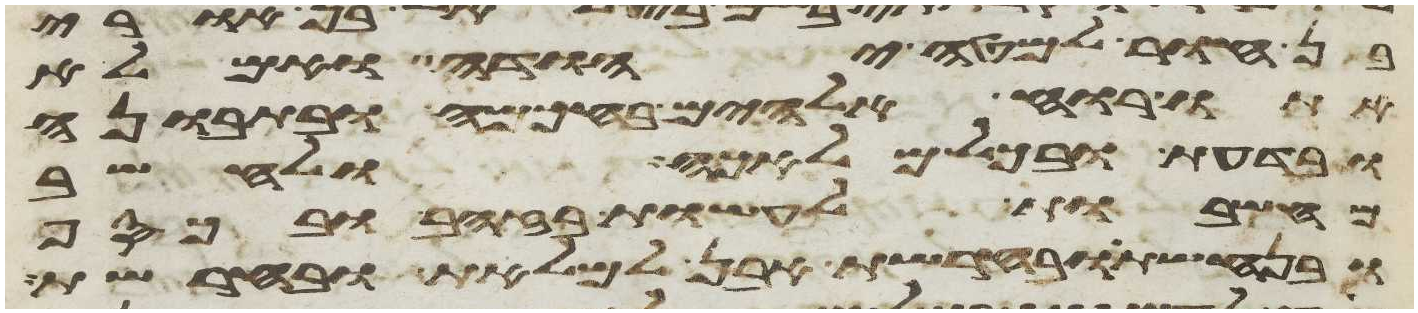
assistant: בן חור למטה יהודה ואמלא
אתו רוח אלהים בחכמה ובתבונה
ובדעת ובכל מלאכה ולחשב
מחשבות לעשות בזהב ובכסף
ובנחשת ובחרשת אבן למלאת ובחרשת